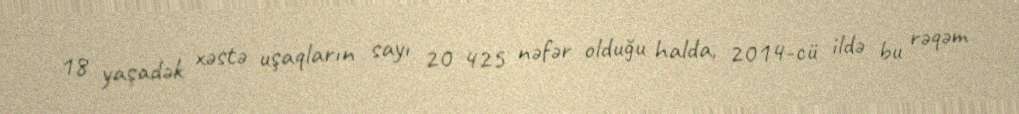
18 yaşadək xəstə uşaqların sayı 20 425 nəfər olduğu halda, 2014-cü ildə bu rəqəm